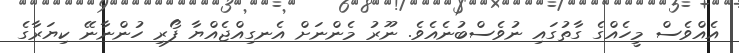
އެއްވެސް މީހެއްގެ ގާތުގައި ނުވެސްބުނެއެވެ. ނޫރު މެންނަށް އެނގިއްޖެއްޔާ ފޯރި ހުންނާނޭ ކިޔަރާގެ